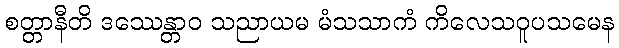
စတ္တာနီတိ ဒဿေန္တာဝ သညာယမ မံသသာကံ ကိလေသဝူပသမေန